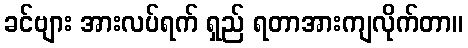
ခင်ဗျား အားလပ်ရက် ရှည် ရတာအားကျလိုက်တာ။